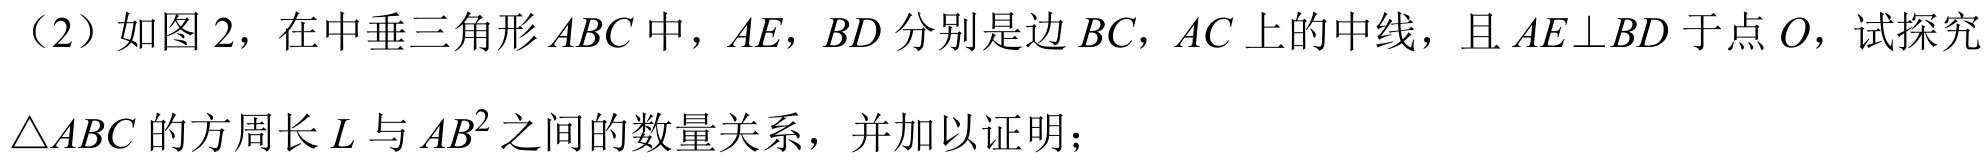
（2）如图 2，在中垂三角形$ABC$中，$AE$，$BD$分别是边$BC$，$AC$上的中线，且$AE\perp BD$于点$O$，试探究
$\triangle ABC$的方周长$L$与$AB^{2}$之间的数量关系，并加以证明；